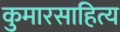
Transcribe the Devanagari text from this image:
कुमारसाहित्य